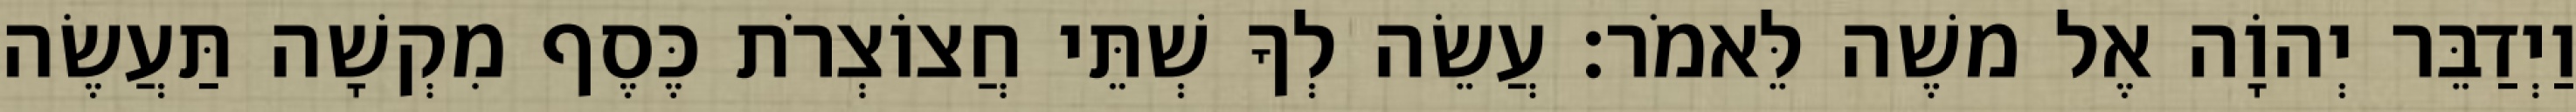
וַיְדַבֵּר יְהוָֹה אֶל משֶׁה לֵּאמֹר׃ עֲשֵׂה לְךָ שְׁתֵּי חֲצוֹצְרֹת כֶּסֶף מִקְשָׁה תַּעֲשֶׂה